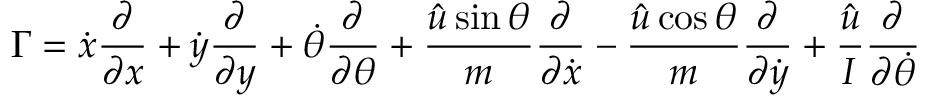
\Gamma = \dot { x } \frac { \partial } { \partial x } + \dot { y } \frac { \partial } { \partial y } + \dot { \theta } \frac { \partial } { \partial \theta } + \frac { \hat { u } \sin \theta } { m } \frac { \partial } { \partial \dot { x } } - \frac { \hat { u } \cos \theta } { m } \frac { \partial } { \partial \dot { y } } + \frac { \hat { u } } { I } \frac { \partial } { \partial \dot { \theta } }